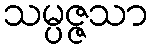
သမ္ပဇ္ဇသာ